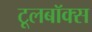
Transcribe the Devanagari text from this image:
टूलबॉक्स